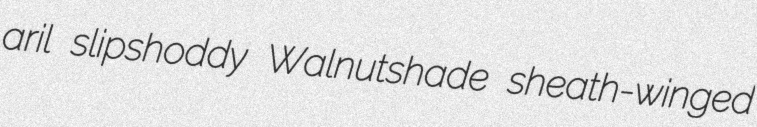
aril slipshoddy Walnutshade sheath-winged